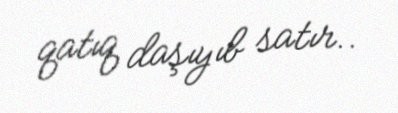
qatıq daşıyıb satır..